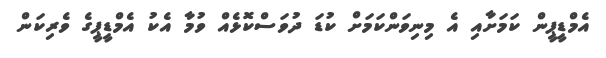
އެމްޑީޕީން ކަމަށާއި އެ މިނިވަންކަމަށް ކުޑަ ދުވަސްކޮޅެއް ވުމާ އެކު އެމްޑީޕީގެ ވެރިކަން